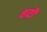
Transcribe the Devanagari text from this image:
शर्टों